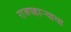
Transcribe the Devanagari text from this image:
राजपहार्‍याचा